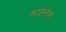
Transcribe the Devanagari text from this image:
कार्डनंतर